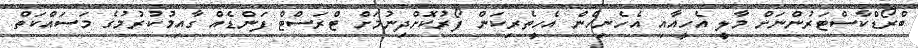
ބްރޯޑްކާސްޓަރުންނަށް މާލީ އެހީއާއި އެހެނިހެން އެހީތެރިކަން ފޯރުކޮށްދިނުމަށް ޓްރަސްޓް ފަންޑެއް ގާއިމުކުރުމުގެ މަސައްކަތް